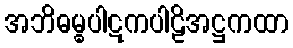
အဘိဓမ္ဓပါဋကပါဠိအဋ္ဌကထာ